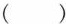
( )